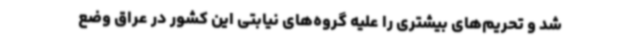
شد و تحریم‌های بیشتری را علیه گروه‌های نیابتی این کشور در عراق وضع